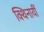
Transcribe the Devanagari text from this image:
क्थिनायीँ